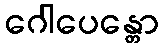
ဂေါပေန္တော